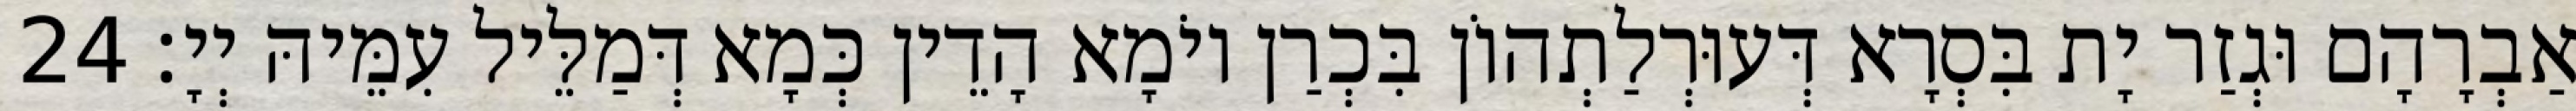
אַבְרָהָם וּגְזַר יָת בִּסְרָא דְּעוּרְלַתְהוֹן בִּכְרַן יוֹמָא הָדֵין כְּמָא דְּמַלֵּיל עִמֵּיהּ יְיָ׃ 24